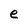
Character: e